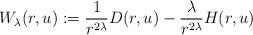
LaTeX: \begin{align*}W_\lambda (r, u ) := \frac{1}{r^{2\lambda}} D(r, u) - \frac{\lambda}{r^{2\lambda}} H(r, u)\end{align*}